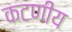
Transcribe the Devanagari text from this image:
कटणीय